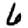
Digit: 6